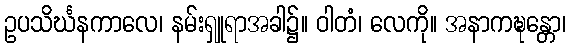
ဥပသိင်္ဃနကာလေ၊ နမ်းရှူရာအခါ၌။ ဝါတံ၊ လေကို။ အနာကဍ္ဎန္တော၊